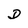
Character: D